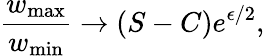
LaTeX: \frac{w_{\mathrm{max}}}{w_{\mathrm{min}}}\to(S-C)e^{\epsilon/2},